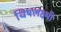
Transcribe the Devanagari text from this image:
विषलक्ष्मी